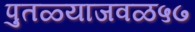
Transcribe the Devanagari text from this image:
पुतळ्याजवळ५७